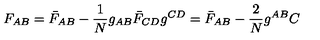
F _ { A B } = \bar { F } _ { A B } - \frac { 1 } { N } g _ { A B } \bar { F } _ { C D } g ^ { C D } = \bar { F } _ { A B } - \frac { 2 } { N } g ^ { A B } C